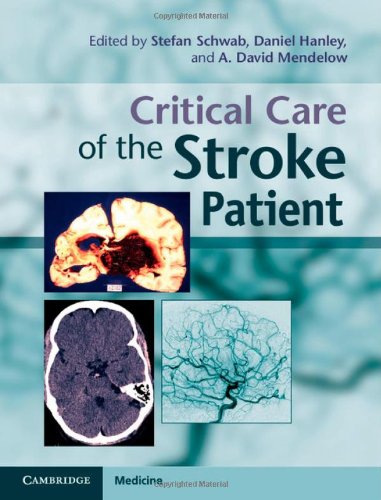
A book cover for Critical Care of the Stroke Patient (Cambridge Medicine); Health, Fitness & Dieting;